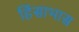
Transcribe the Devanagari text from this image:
हिंसाभास